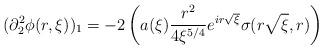
LaTeX: \begin{align*}(\partial_{2}^{2}\phi(r,\xi))_{1}=-2\left(a(\xi) \frac{r^{2}}{4 \xi^{5/4}}e^{ir\sqrt{\xi}}\sigma(r\sqrt{\xi},r)\right)\end{align*}